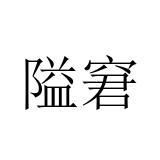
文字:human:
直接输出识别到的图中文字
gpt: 隘窘